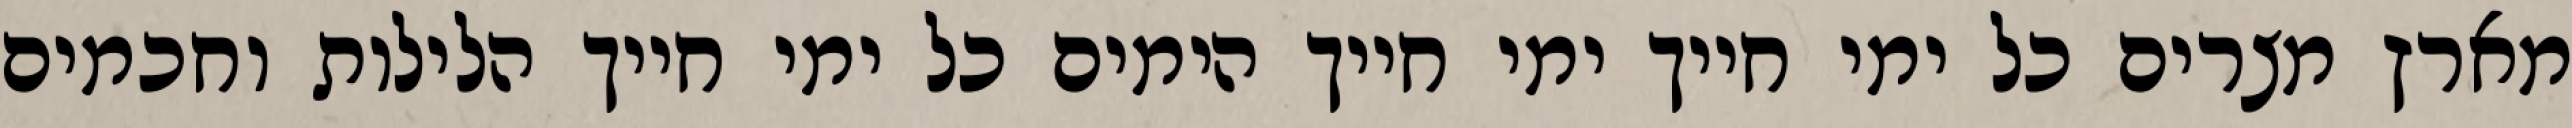
מארץ מצרים כל ימי חייך ימי חייך הימים כל ימי חייך הלילות וחכמים